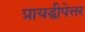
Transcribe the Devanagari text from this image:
प्रायद्धीपेत्तर